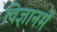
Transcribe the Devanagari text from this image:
विज्ञानमें